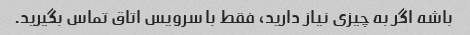
باشه اگر به چیزی نیاز دارید، فقط با سرویس اتاق تماس بگیرید.